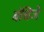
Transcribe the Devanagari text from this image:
बंधिजे